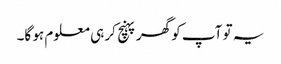
یہ تو آپ کو گھر پہنچ کر ہی معلوم ہو گا۔